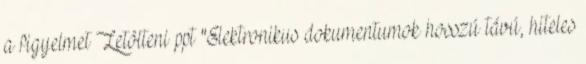
a figyelmet Letölteni ppt "Elektronikus dokumentumok hosszú távú, hiteles